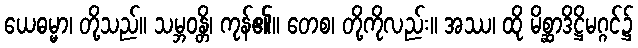
ယေဓမ္မာ၊ တို့သည်။ သမ္ဘဝန္တိ၊ ကုန်၏။ တေစ၊ တို့ကိုလည်း။ အဿ၊ ထို မိစ္ဆာဒိဋ္ဌိမဂ္ဂင်၌